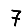
Digit: 7